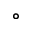
\circ